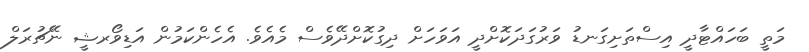
މަތީ ބަހައްޓާދީ އިސްތަށިގަނޑު ވަރުގަދަކޮށްދީ އަވަހަށް ދިގުކޮށްދޭވެސް މެއެވެ. އެހެންކަމުން އަޑިވޯރޝީ ނޭޗުރަލް